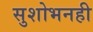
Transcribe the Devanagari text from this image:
सुशोभनही